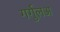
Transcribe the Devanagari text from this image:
गर्गुलअ